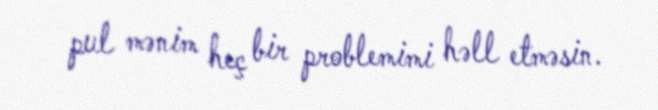
pul mənim heç bir problemimi həll etməsin.